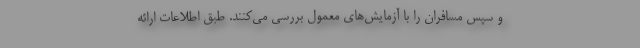
و سپس مسافران را با آزمایش‌های معمول بررسی می‌کنند. طبق اطلاعات ارائه